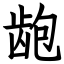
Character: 龅